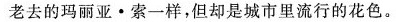
老去的玛丽亚·索一样，但却是城市里流行的花色。